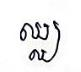
ឈ្ឈ